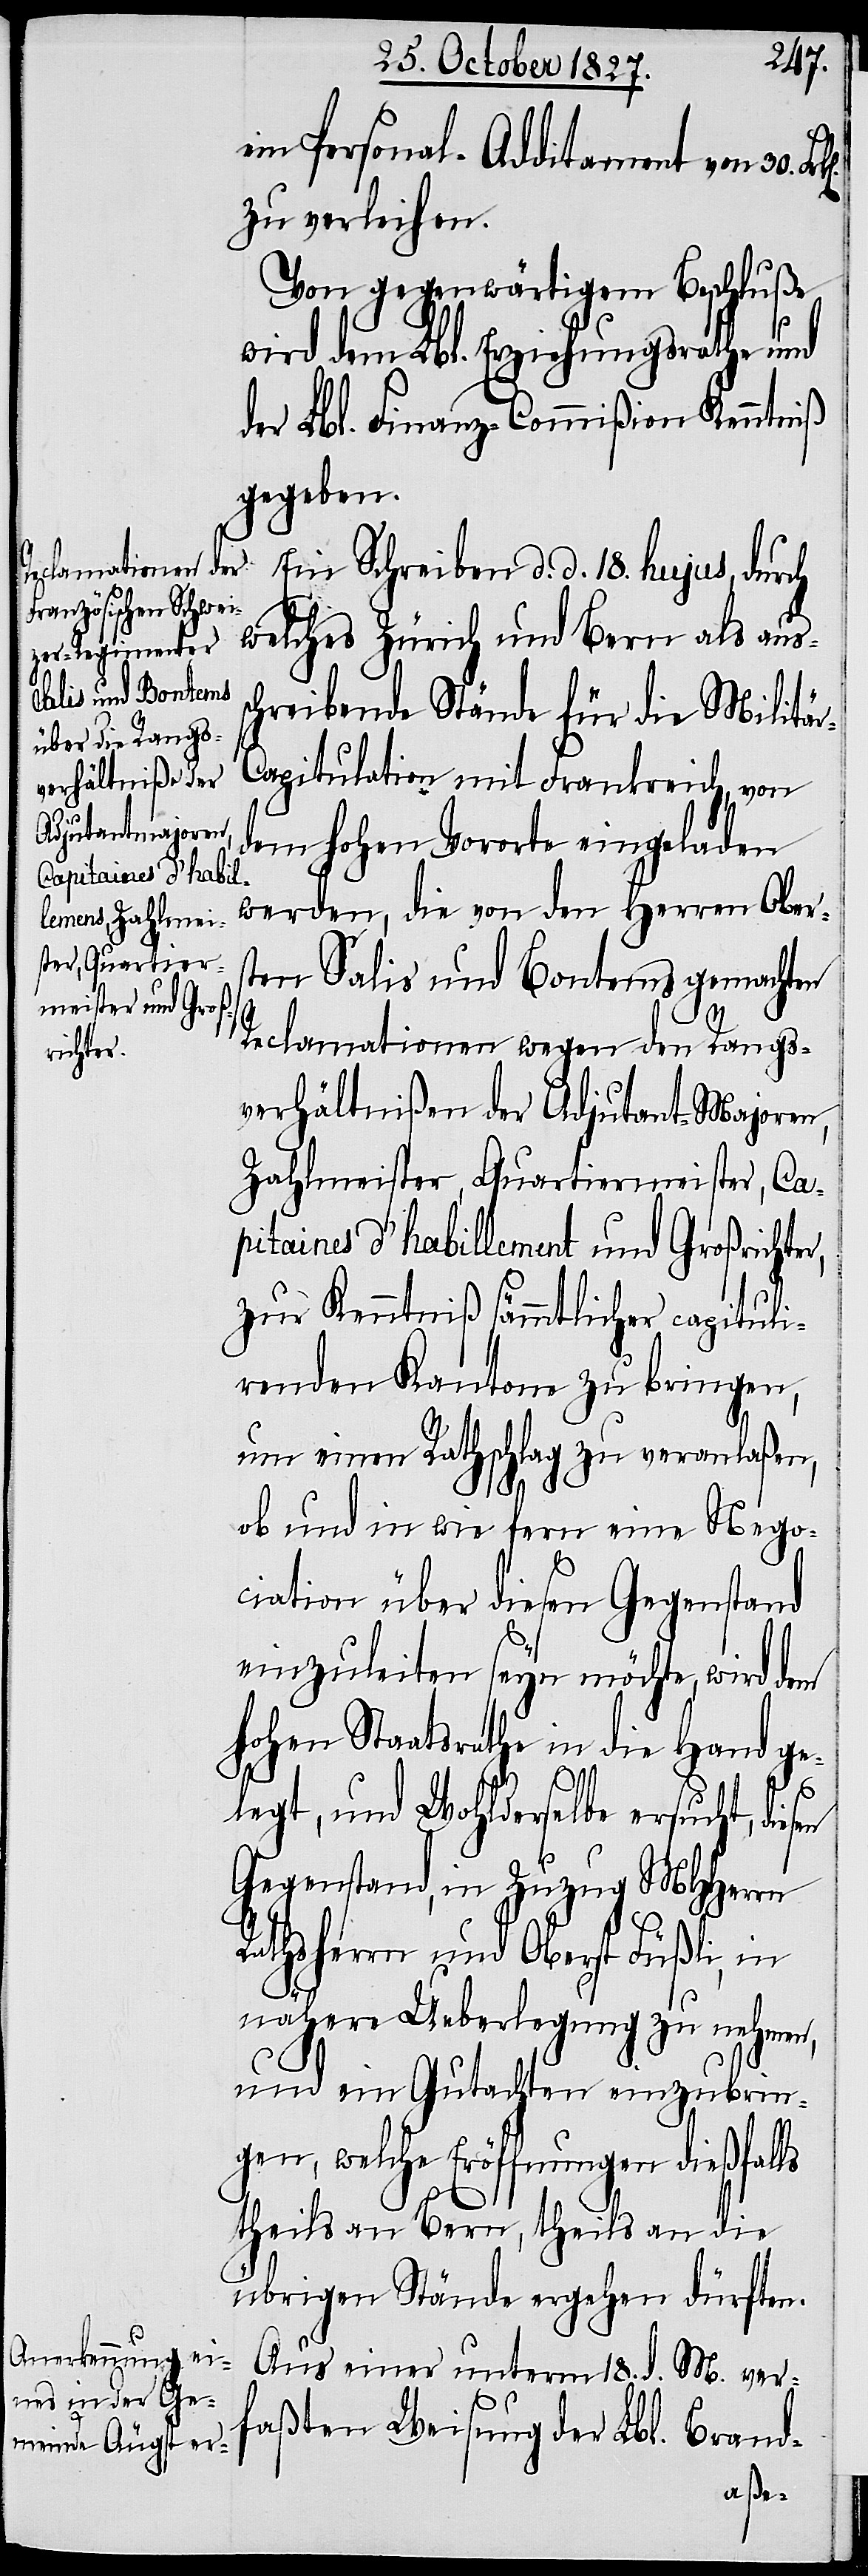
ein Personal-Additament von 30.
zu verleihen.
Von gegenwärtigem Beschluße
wird dem Lbl. Erziehungsrathe und
der Lbl. Finanz-Commißion Kenntniß
gegeben.
Ein Schreiben d. d. 18. hujus, durch
welches Zürich und Bern als auss¬
chreibende Stände für die Militä¬
r-Capitulation mit Frankreich, von
dem hohen Vororte eingeladen
apitaines d’Habil¬
werden, die von den Herren Ober¬
sten Salis und Bontems gemachten
Reclamationen wegen den Rangs¬
verhältnißen der Adjutant-Majoren,
Zahlmeister, Quartiermeister, C¬
lement [sic!] und Großrichter,
zur Kenntniß sämmtlicher capituli¬
renden Kantone zu bringen,
um einen Rathschlag zu veranlaßen,
ob und in wie fern eine Nego¬
ciation über diesen Gegenstand
einzuleiten seyn möchte, wird dem
hohen Staatsrathe in die Hand ge¬
sen
legt, und Wohlderselbe ersucht, die¬
Gegenstand, in Zuzug MHHerrn
Rathsherrn und Oberst Füßli, in
nähere Ueberlegung zu nehmen,
und ein Gutachten einzubrin¬
gen, welche Eröffnungen dießfalls
theils an Bern, theils an die
übrigen Stände ergehen dürften.
Aus einer unterm 18. d. M. ver¬
faßten Weisung der Lbl. Brand-